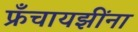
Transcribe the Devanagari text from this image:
फ्रँचायझींना